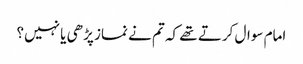
امام سوال کرتے تھے کہ تم نے نماز پڑھی یا نہیں؟